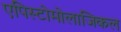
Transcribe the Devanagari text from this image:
एपिस्टोमोलाजिकल